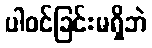
ပါဝင်ခြင်းမရှိဘဲ